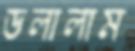
ডলালাম